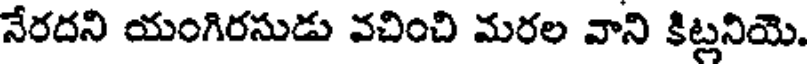
నేరదని యంగిరసుడు వచించి మరల వాని కిట్రనియె.